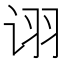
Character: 诩